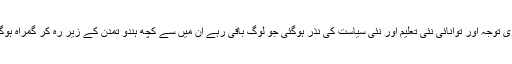
ساری توجہ اور توانائی نئی تعلیم اور نئی سیاست کی نذر ہوگئی جو لوگ باقی رہے ان میں سے کچھ ہندو تمدن کے زیر رہ کر گمراہ ہوگئے۔